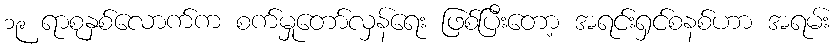
၁၉ ရာစုနှစ်လောက်က စက်မှုတော်လှန်ရေး ဖြစ်ပြီးတော့ အရင်းရှင်စနစ်ဟာ အရမ်း